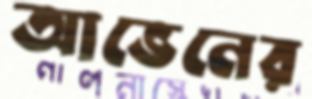
আভেনের